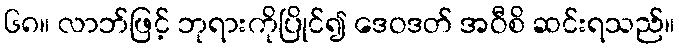
၆၈။ လာဘ်ဖြင့် ဘုရားကိုပြိုင်၍ ဒေဝဒတ် အဝီစိ ဆင်းရသည်။